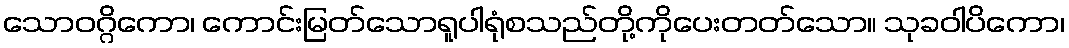
သောဝဂ္ဂိကော၊ ကောင်းမြတ်သောရူပါရုံစသည်တို့ကိုပေးတတ်သော။ သုခဝါပိကော၊